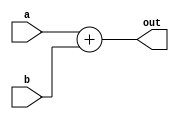
`timescale 1ns / 1ps
//////////////////////////////////////////////////////////////////////////////////
// Company: 
// Engineer: 
// 
// Design Name: 
// Module Name: adder
// Project Name: 
// Target Devices: 
// Tool Versions: 
// Description: 
// 
// Dependencies: 
// 
// Revision:
// Revision 0.01 - File Created
// Additional Comments:
// 
//////////////////////////////////////////////////////////////////////////////////


module Adder(a, b, out);
input [7:0] a, b;
output reg [7:0] out;
always @(*)
begin
out = a + b;
end
endmodule